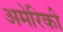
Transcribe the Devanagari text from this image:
अमेरिकी